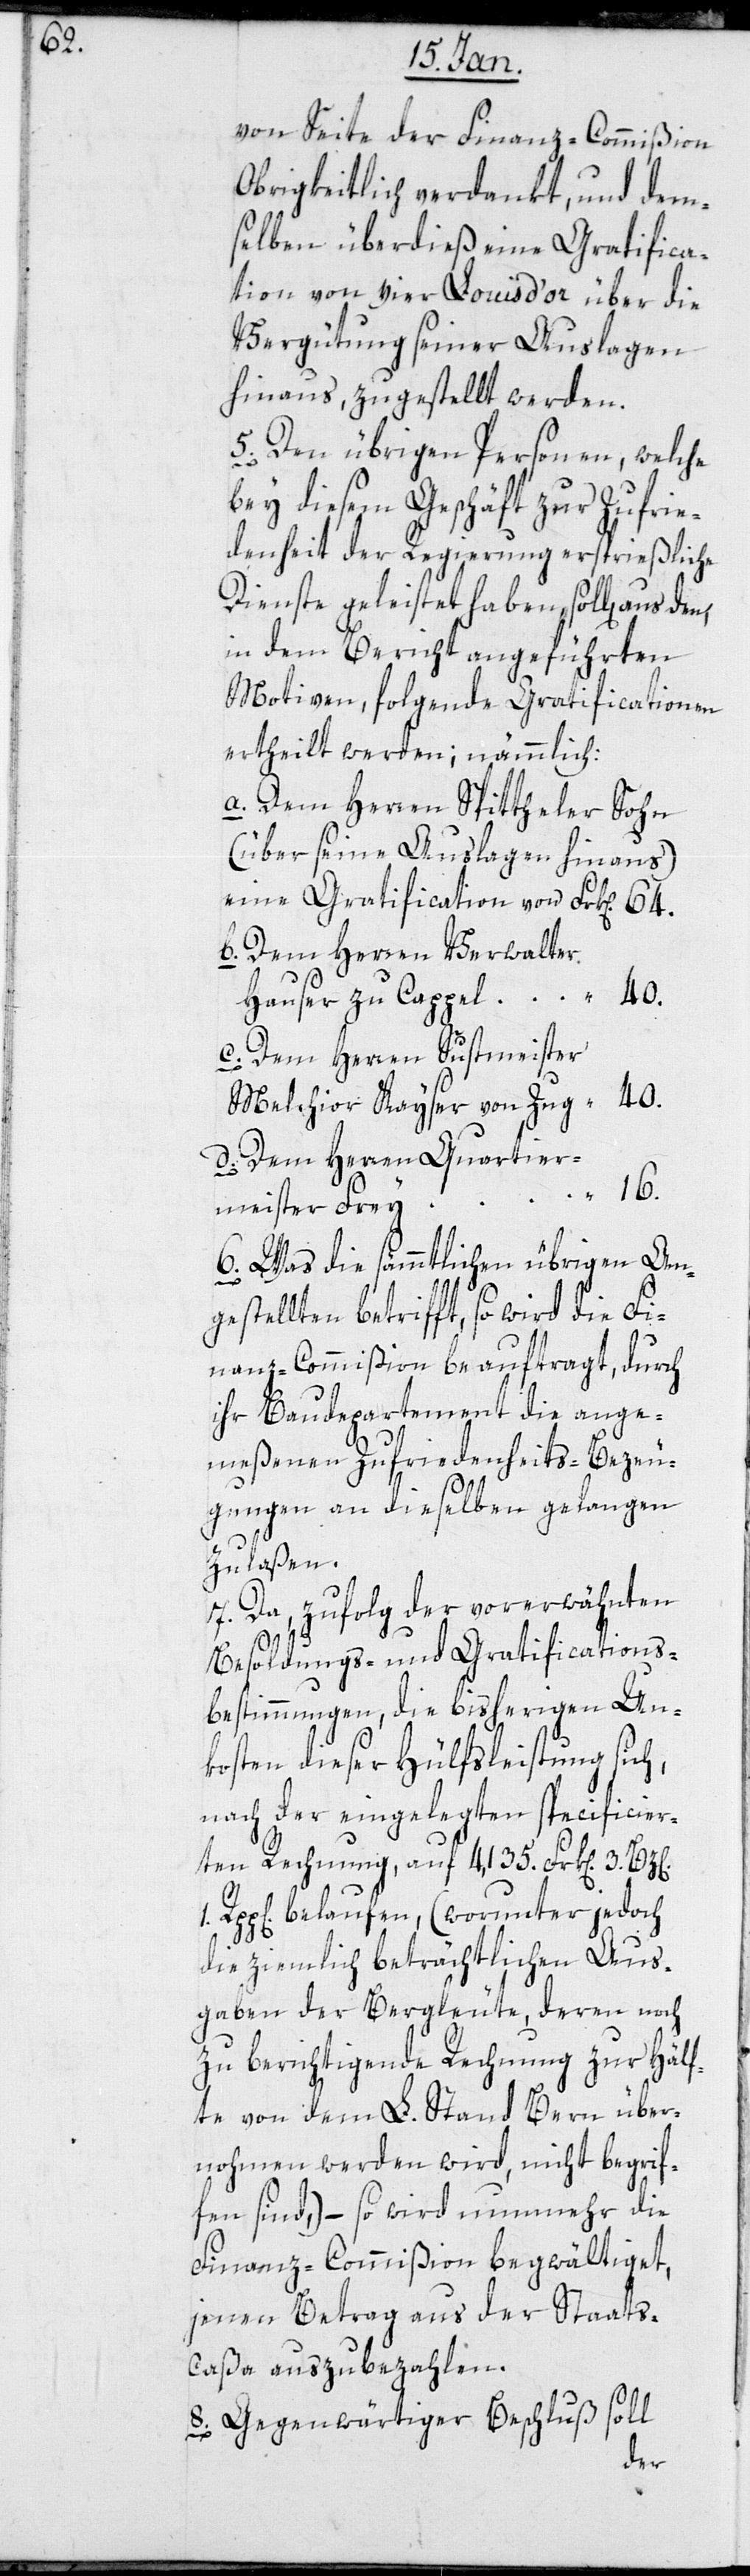
von Seite der Finanz-Commißion
Obrigkeitlich verdankt, und dem¬
selben überdieß eine Gratifica¬
tion von vier Louisd’or über die
Vergütung seiner Auslagen
hinaus, zugestellt werden.
5. Den übrigen Personen, welche
bey diesem Geschäft zur Zufrie¬
denheit der Regierung ersprießliche
Dienste geleistet haben, sollen aus
in dem Bericht angeführten
Motiven, folgende Gratificationen
ertheilt werden, nämmlich:
a. Dem Herren Spittheler Sohn
(über seine Auslagen hinaus)
eine Gratification von
b. Dem Herren Verwalter
Hauser zu Cappel
c. Dem Herren Sustmeister
Melchior Kayser von Zug
d. Dem Herren Quartier¬
meister Frey
6. Was die sämmtlichen übrigen An¬
gestellten betrifft, so wird die Fi¬
nanz-Commißion beauftragt, durch
ihr Baudepartement die ange¬
meßenen Zufriedenheits-Bezeu¬
gungen an dieselben gelangen
zu laßen.
7. Da zufolg der vorerwähnten
Besoldungs- und Gratifications-B¬
estimmungen, die bisherigen Un¬
kosten dieser Hülfsleistung sich,
nach der eingelegten specificier¬
ten Rechnung, auf 4 135 Frank[en] 3.
Rpp[en]. belaufen, (worunter jedoch
die ziemlich beträchtlichen Aus¬
gaben der Bergleute, deren noch
zu berichtigende Rechnung zur Hälf¬
te von dem L. Stand Bern über¬
nommen werden wird, nicht begrif¬
fen sind), – so wird nunmehr die
Finanz-Commißion begwältiget,
jenen Betrag aus der Staat¬
s-Caßa auszubezahlen.
8. Gegenwärtiger Beschluß soll